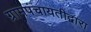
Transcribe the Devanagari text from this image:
ग्रामपंचायतीद्वारा